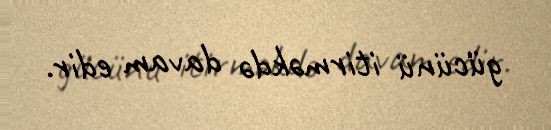
gücünü itirməkdə davam edir.